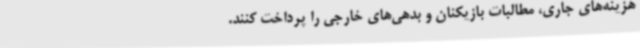
هزینه‌های جاری، مطالبات بازیکنان و بدهی‌های خارجی را پرداخت کنند.